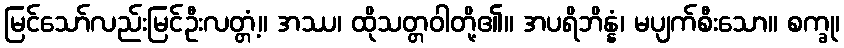
မြင်သော်လည်းမြင်ဦးလတ္တံ့။ အဿ၊ ထိုသတ္တဝါတို့၏။ အပရိဘိန္နံ၊ မပျက်စီးသော။ စက္ခု၊